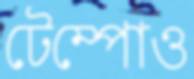
টেম্পোও